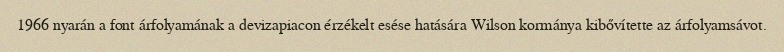
1966 nyarán a font árfolyamának a devizapiacon érzékelt esése hatására Wilson kormánya kibővítette az árfolyamsávot.